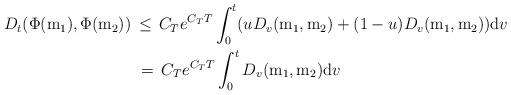
LaTeX: \begin{align*} D_{t}( \Phi (\mathrm m_{1}), \Phi (\mathrm m_{2})) \, & \le \, C_{T} e^{C_{T} T} \int^{t}_{0} (u D_{v}(\mathrm m_{1}, \mathrm m_{2}) + (1-u) D_{v}( \mathrm m_{1}, \mathrm m_{2})) {\mathrm d} v \\& \, =\, C_{T} e^{C_{T} T} \int^{t}_{0} D_{v}(\mathrm m_{1}, \mathrm m_{2}) {\mathrm d} v \end{align*}